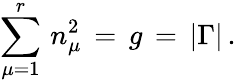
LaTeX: \sum_{\mu=1}^{r}\, n_{\mu}^{2}\, =\, g\, =\, |\Gamma|\, .